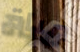
مياة